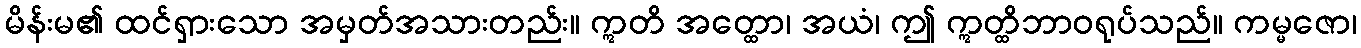
မိန်းမ၏ ထင်ရှားသော အမှတ်အသားတည်း။ ဣတိ အတ္ထော၊ အယံ၊ ဤ ဣတ္ထိဘာဝရုပ်သည်။ ကမ္မဇော၊